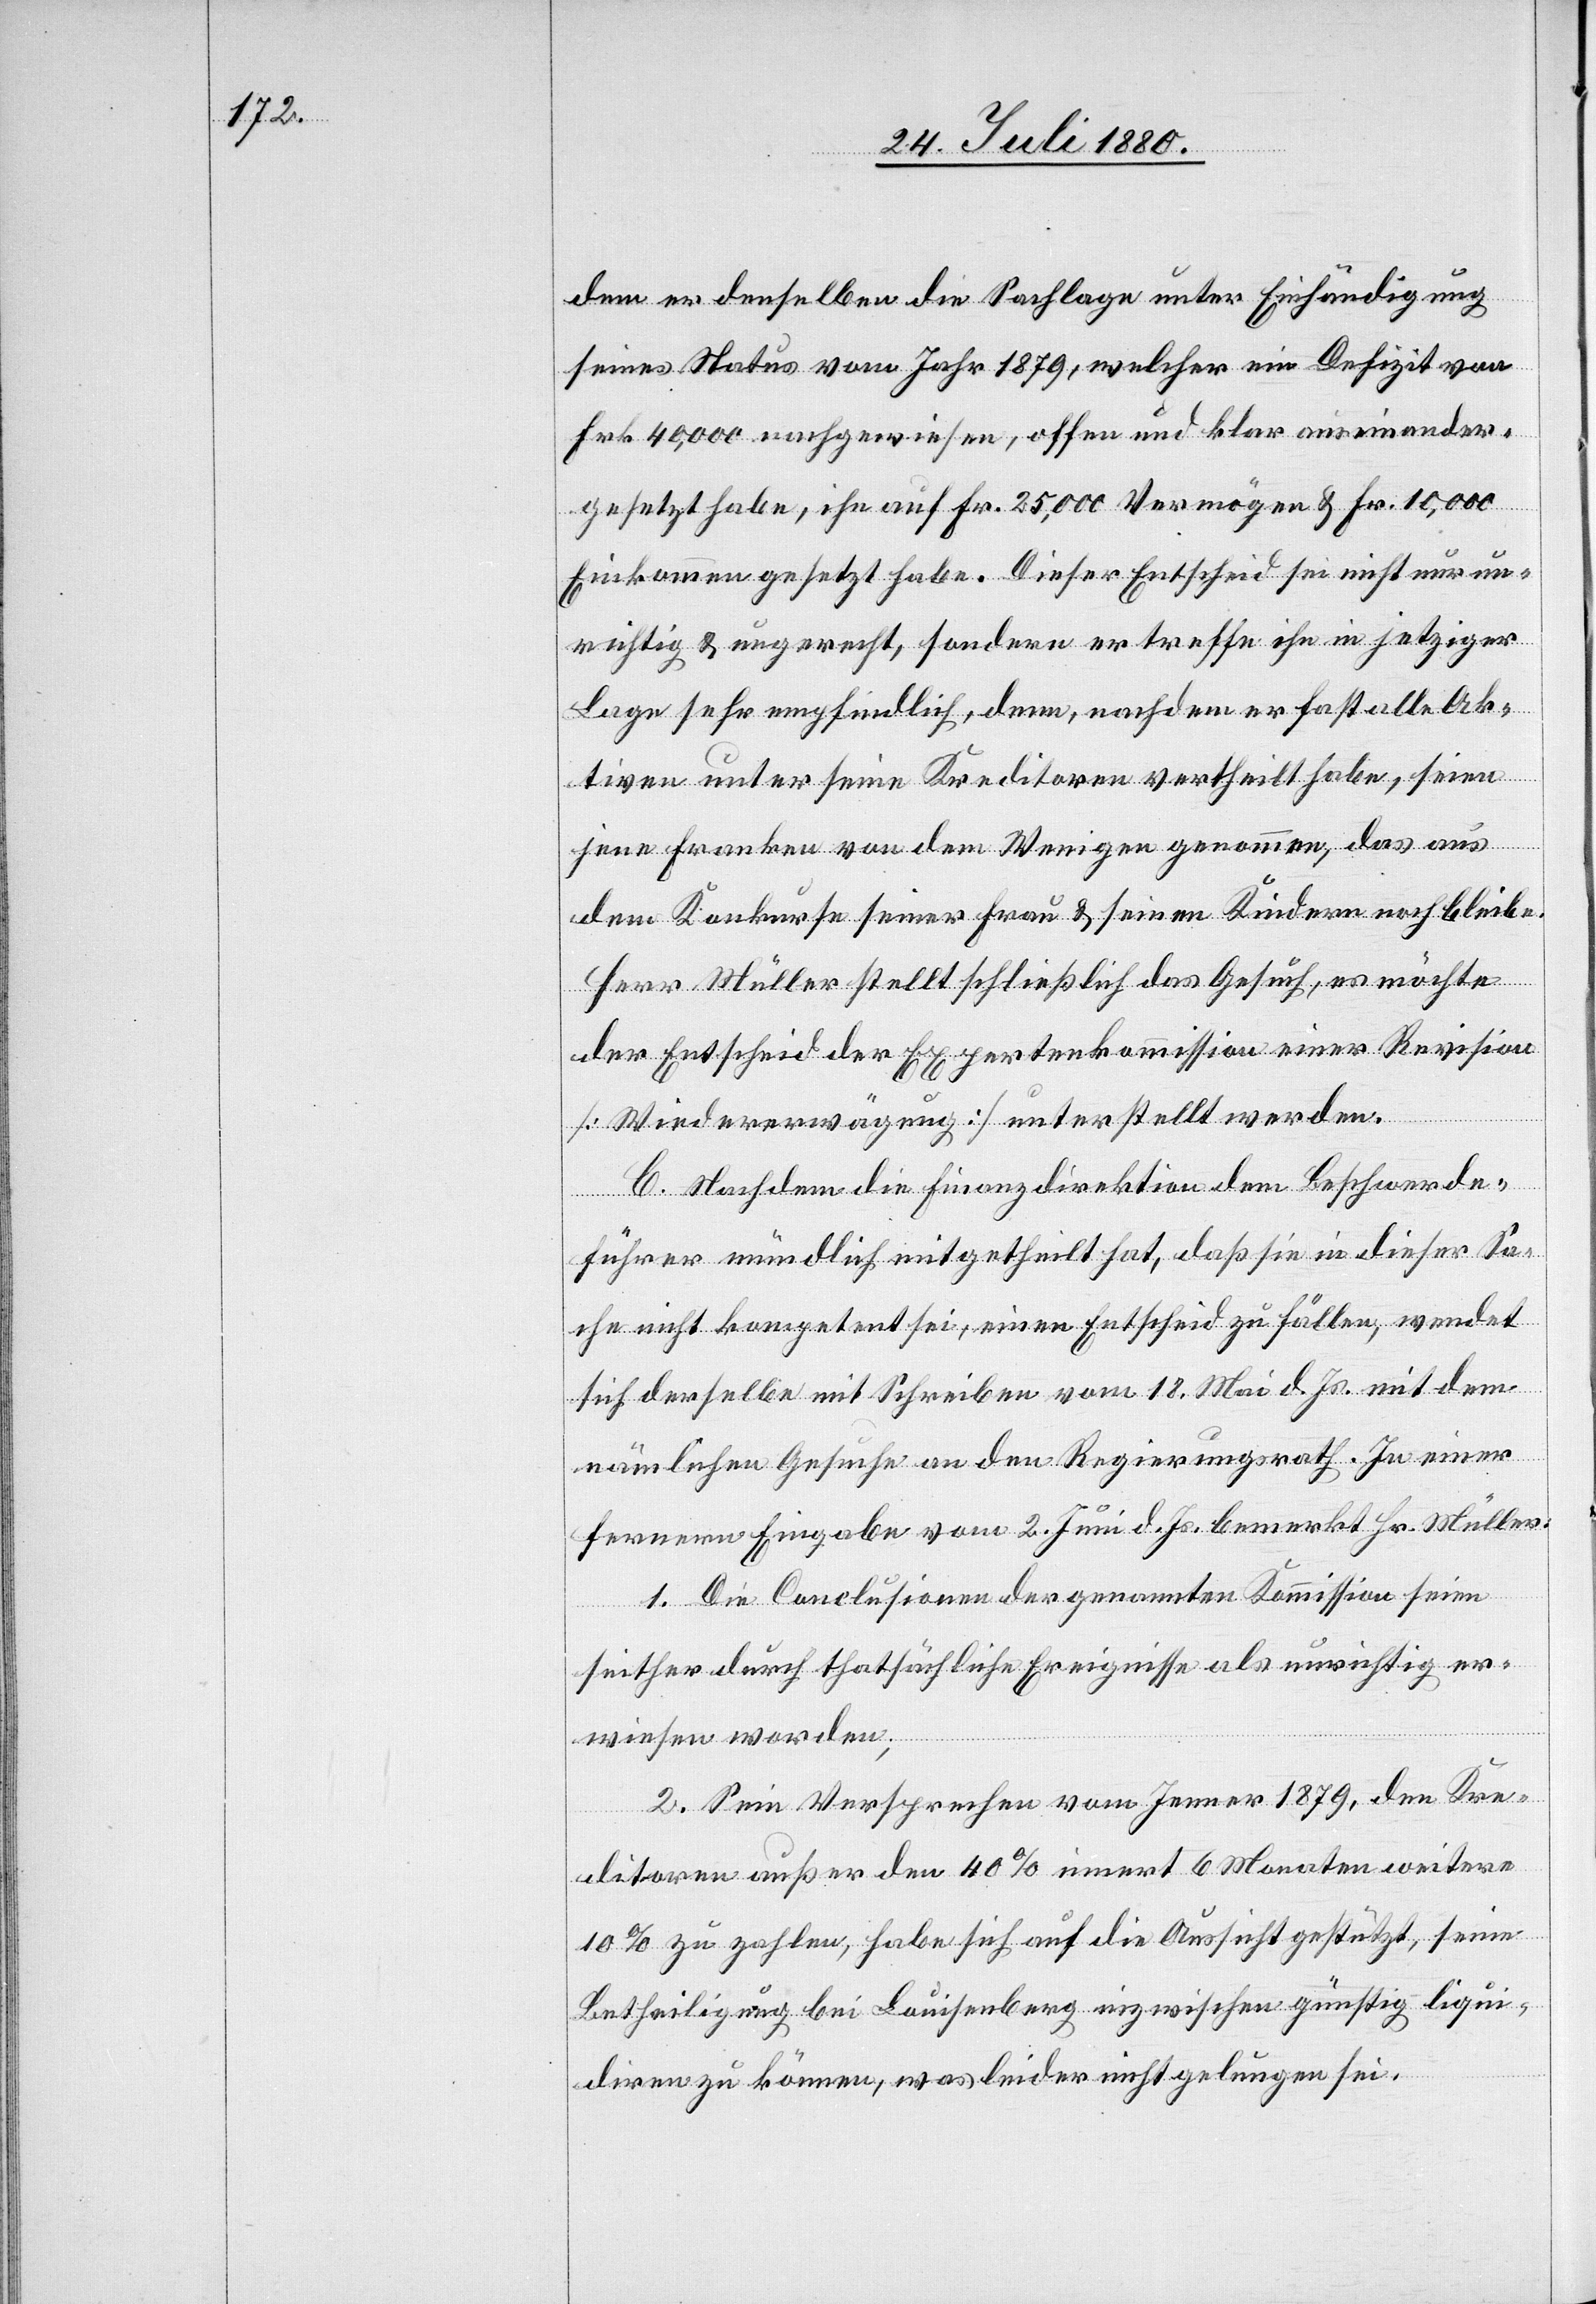
dem er denselben die Sachlage unter Einhändigung
seines Status vom Jahr 1879, welcher ein Defizit von
Frk. 40,000 nachgewiesen, offen und klar auseinander¬
gesetzt habe, ihn auf Fr. 25,000 Vermögen & Fr. 10,000
Einkommen gesetzt habe. Dieser Entscheid sei nicht nur un¬
richtig & ungerecht, sondern er treffe ihn in jetziger
Lage sehr empfindlich, denn, nachdem er fast alle Ak¬
tiven unter seine Kreditoren vertheilt habe, seien
jene Franken von dem Wenigen genommen, das aus
dem Konkurse seiner Frau & seinen Kindern noch bleibe.
Herr Müller stellt schließlich das Gesuch, es möchte
der Entscheid der Expertenkommission einer Revision
[Wiedererwägung] unterstellt werden.
C. Nachdem die Finanzdirektion dem Beschwerde¬
führer mündlich mitgetheilt hat, daß sie in dieser Sa¬
che nicht kompetent sei, einen Entscheid zu fällen, wendet
sich derselbe mit Schreiben vom 18. Mai d. Js. mit dem
nämlichen Gesuche an den Regierungsrath. In einer
ferneren Eingabe vom 2. Juni d. Js. bemerkt Hr. Müller:
1. Die Conclusionen der genannten Kommission seien
seither durch thatsächliche Ereignisse als unrichtig er¬
wiesen worden;
2. Sein Versprechen vom Jenner 1879, den Kre¬
ditoren außer den 40% innert 6 Monaten weitere
10% zu zahlen, habe sich auf die Aussicht gestützt, seine
Betheiligung bei Louisenberg inzwischen günstig liqui¬
diren zu können, was leider nicht gelungen sei.